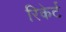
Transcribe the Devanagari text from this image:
रिकेर्ट